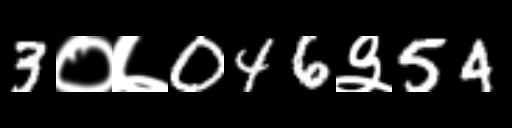
Text: 3०७046३54